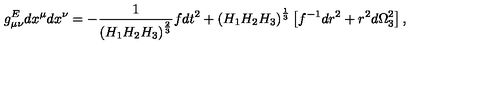
g _ { \mu \nu } ^ { E } d x ^ { \mu } d x ^ { \nu } = - { \frac { 1 } { \left( H _ { 1 } H _ { 2 } H _ { 3 } \right) ^ { \frac { 2 } { 3 } } } } f d t ^ { 2 } + \left( H _ { 1 } H _ { 2 } H _ { 3 } \right) ^ { \frac { 1 } { 3 } } \left[ f ^ { - 1 } d r ^ { 2 } + r ^ { 2 } d \Omega _ { 3 } ^ { 2 } \right] ,